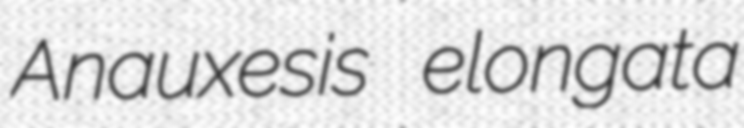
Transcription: Anauxesis elongata